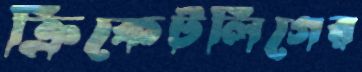
ক্রিকেটলিগের